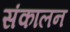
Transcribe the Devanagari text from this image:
संकालन